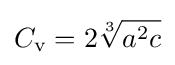
C_{\text{v}}=2{\sqrt[{3}]{a^{2}c}}